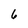
Character: 6